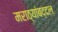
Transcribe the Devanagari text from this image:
मराठ्यांबद्दल